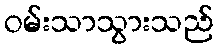
ဝမ်းသာသွားသည်